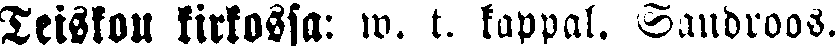
Teiskon kirkossa: w. t. kappal. Sandroos.